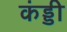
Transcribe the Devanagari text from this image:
कंड्डी